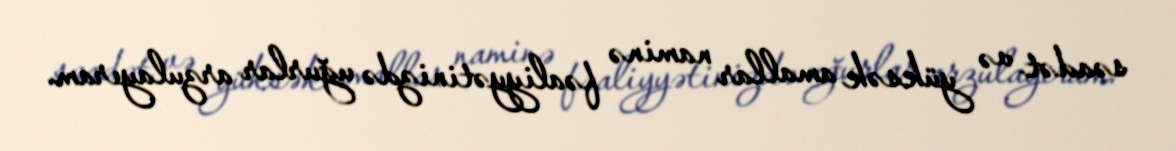
səadət və yüksək amallar naminə fəaliyyətinizdə uğurlar arzulayıram.